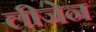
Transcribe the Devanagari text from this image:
लीजेन